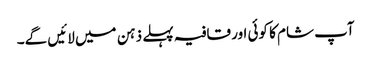
آپ شام کا کوئی اور قافیہ پہلے ذہن میں لائیں گے۔